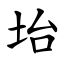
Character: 坮